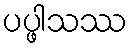
ပပ္ဖါသဿ